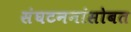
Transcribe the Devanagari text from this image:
संघटननांसोबत